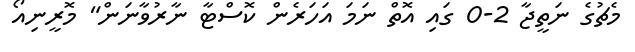
މެޗުގެ ނަތީޖާ 2-0 ގައި އޮތް ނަމަ އަހަރެން ކޮސްޓާ ނާރުވާނަން" މޮރީނިއޯ